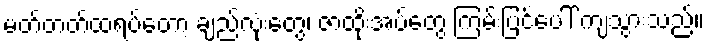
မတ်တတ်ထရပ်တော့ ချည်လုံးတွေ၊ ဇာထိုးအပ်တွေ ကြမ်းပြင်ပေါ် ကျသွားသည်။